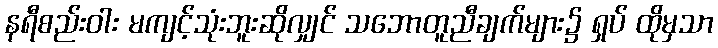
နရီစည်းဝါး မကျင့်သုံးဘူးဆိုလျှင် သဘောတူညီချက်များ၌ ရှပ် ထိုမှသာ